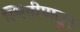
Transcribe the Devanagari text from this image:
स्थितीपासून